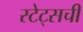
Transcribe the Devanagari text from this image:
स्टेट्सची